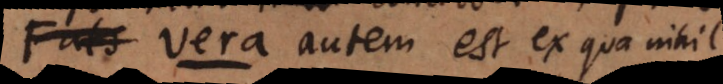
r a autem est ex qua nihil